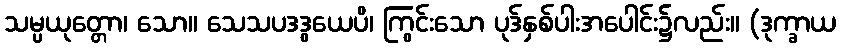
သမ္ပယုတ္တော၊ သော။ သေသပဒဒွယေပိ၊ ကြွင်းသော ပုဒ်နှစ်ပါးအပေါင်း၌လည်း။ (ဒုက္ခာယ